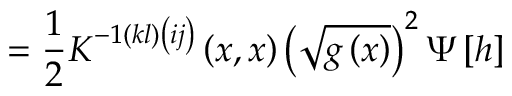
= \frac 1 2 K ^ { - 1 \left( k l \right) \left( i j \right) } \left( x , x \right) \left( \sqrt { g \left( x \right) } \right) ^ { 2 } \Psi \left[ h \right]